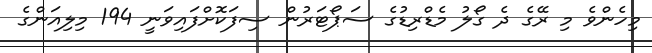
މިހެންވެ މި ރޭގެ ދެ ގޯލު މެޑްރިޑުގެ ސަޕޯޓަރުން ސިފަކޮށްފައިވަނީ 194 މިލިއަންގެ